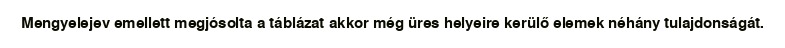
Mengyelejev emellett megjósolta a táblázat akkor még üres helyeire kerülő elemek néhány tulajdonságát.